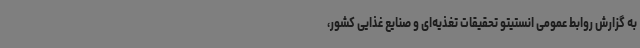
به گزارش روابط عمومی انستیتو تحقیقات تغذیه‌ای و صنایع غذایی کشور،